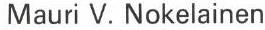
Mauri V. Nokelainen